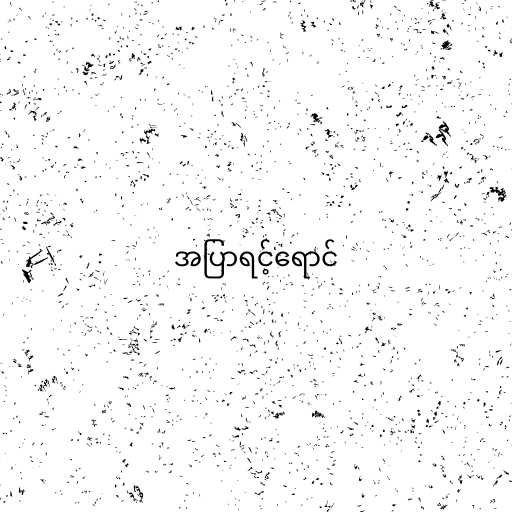
အပြာရင့်ရောင်